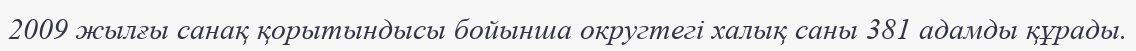
2009 жылғы санақ қорытындысы бойынша округтегі халық саны 381 адамды құрады.